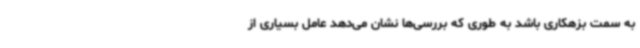
به سمت بزهکاری باشد به طوری که بررسی‌ها نشان می‌دهد عامل بسیاری از